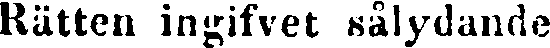
Rätten ingifvet sålydande